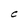
Character: c